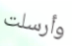
وأرسلت